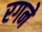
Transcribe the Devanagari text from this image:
रगने